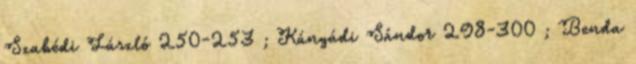
Szabédi László 250-253 ; Kányádi Sándor 298-300 ; Benda